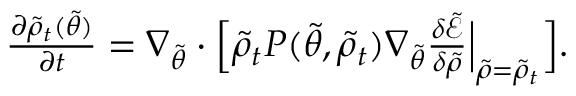
\begin{array} { r } { \frac { \partial \tilde { \rho } _ { t } ( \tilde { \theta } ) } { \partial t } = \nabla _ { \tilde { \theta } } \cdot \Bigl [ \tilde { \rho } _ { t } P ( \tilde { \theta } , \tilde { \rho } _ { t } ) \nabla _ { \tilde { \theta } } \frac { \delta \tilde { \mathcal { E } } } { \delta \tilde { { \rho } } } \Bigr | _ { \tilde { \rho } = \tilde { \rho } _ { t } } \Bigr ] . } \end{array}